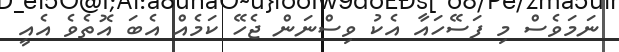
ނަމަވެސް މި ފަސޭހައާ އެކު ވިސްނަން ޖެހޭ ކަމެއް އެބަ އޮތެވެ އެއީ